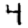
Digit: 4